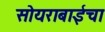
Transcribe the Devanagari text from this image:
सोयराबाईचा